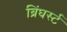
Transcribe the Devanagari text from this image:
ब्रिंघर्स्‍ट